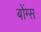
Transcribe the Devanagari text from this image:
बोंग्स